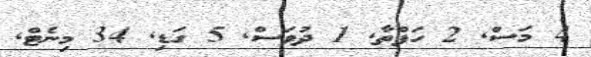
4 މަސް